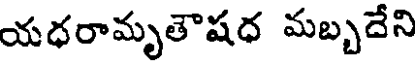
యధరామృతౌషధ మబ్బదేని